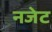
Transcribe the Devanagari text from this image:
नजेट